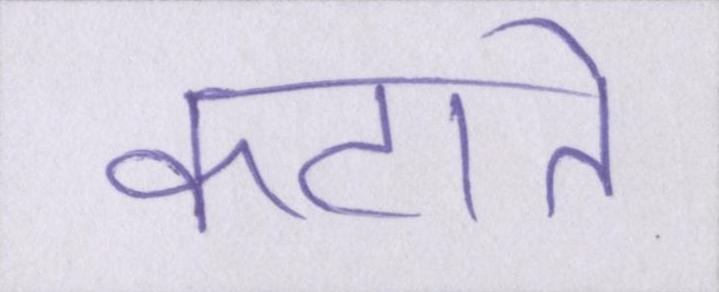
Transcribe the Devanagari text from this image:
कटाते